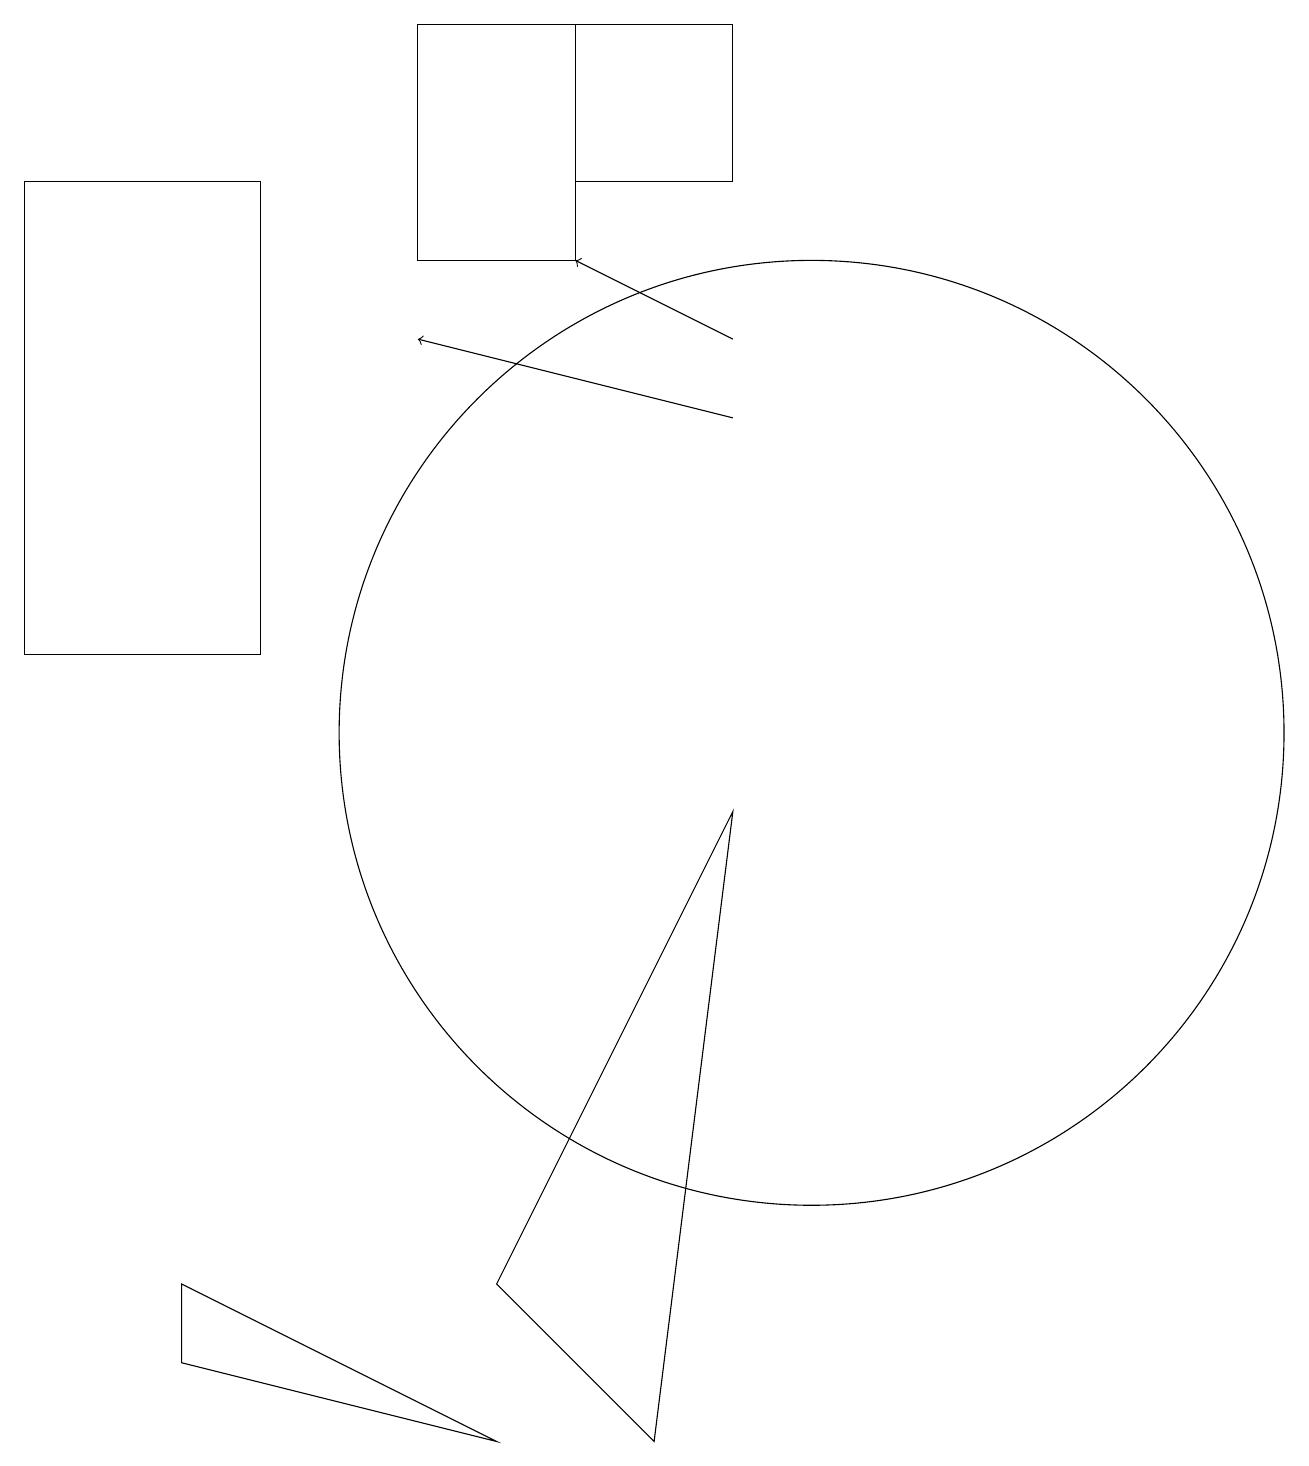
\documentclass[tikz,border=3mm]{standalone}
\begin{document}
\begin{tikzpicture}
\draw[->] (9,14) -- (5,15);
\draw[->] (9,15) -- (7,16);
\draw (0,17) rectangle (3,11);
\draw (2,2) -- (2,3) -- (6,1) -- cycle;
\draw (10,10) circle (6);
\draw (8,1) -- (9,9) -- (6,3) -- cycle;
\draw (7,19) rectangle (5,16);
\draw (9,17) rectangle (7,19);
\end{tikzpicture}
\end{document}